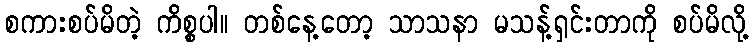
စကားစပ်မိတဲ့ ကိစ္စပါ။ တစ်နေ့တော့ သာသနာ မသန့်ရှင်းတာကို စပ်မိလို့